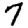
Digit: 7